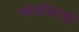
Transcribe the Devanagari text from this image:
स्काईकार्गो